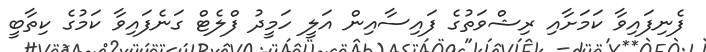
ފެނިފައިވާ ކަމަށާއި ރިޝްވަތުގެ ފައިސާއިން އަލީ ހަމީދު ފްލެޓް ގަނެފައިވާ ކަމުގެ ކިތާބީ